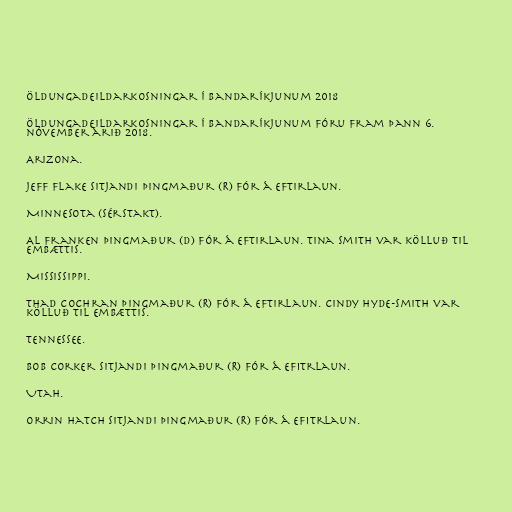
Öldungadeildarkosningar í Bandaríkjunum 2018

Öldungadeildarkosningar í Bandaríkjunum fóru fram þann 6.
nóvember árið 2018.

Arizona.

Jeff Flake sitjandi þingmaður (R) fór á eftirlaun.

Minnesota (sérstakt).

Al Franken þingmaður (D) fór á eftirlaun. Tina Smith var kölluð til
embættis.

Mississippi.

Thad Cochran þingmaður (R) fór á eftirlaun. Cindy Hyde-Smith var
kölluð til embættis.

Tennessee.

Bob Corker sitjandi þingmaður (R) fór á efitrlaun.

Utah.

Orrin Hatch sitjandi þingmaður (R) fór á efitrlaun.